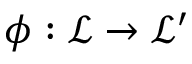
\phi : { \mathcal { L } } \to { \mathcal { L } } ^ { \prime }